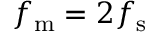
f _ { \mathrm { m } } = 2 f _ { \mathrm { s } }